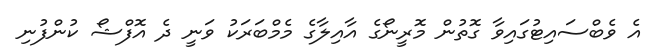
އެ ވެބްސައިޓުގައިވާ ގޮތުން މޮރީނޯގެ އާއިލާގެ މެމްބަރަކު ވަނީ ދެ އޮފްޝޯ ކުންފުނި